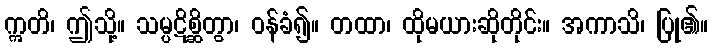
ဣတိ၊ ဤသို့။ သမ္ပဋိစ္ဆိတွာ၊ ဝန်ခံ၍။ တထာ၊ ထိုမယားဆိုတိုင်း။ အကာသိ၊ ပြု၏။